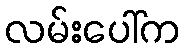
လမ်းပေါ်က